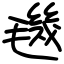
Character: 𣰈